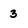
Character: 3